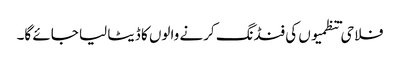
فلاحی تنظمیوں کی فنڈنگ کرنے والوں کا ڈیٹا لیا جائے گا۔